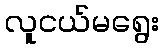
လူငယ်မရွေး